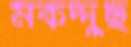
মকদ্দুছ